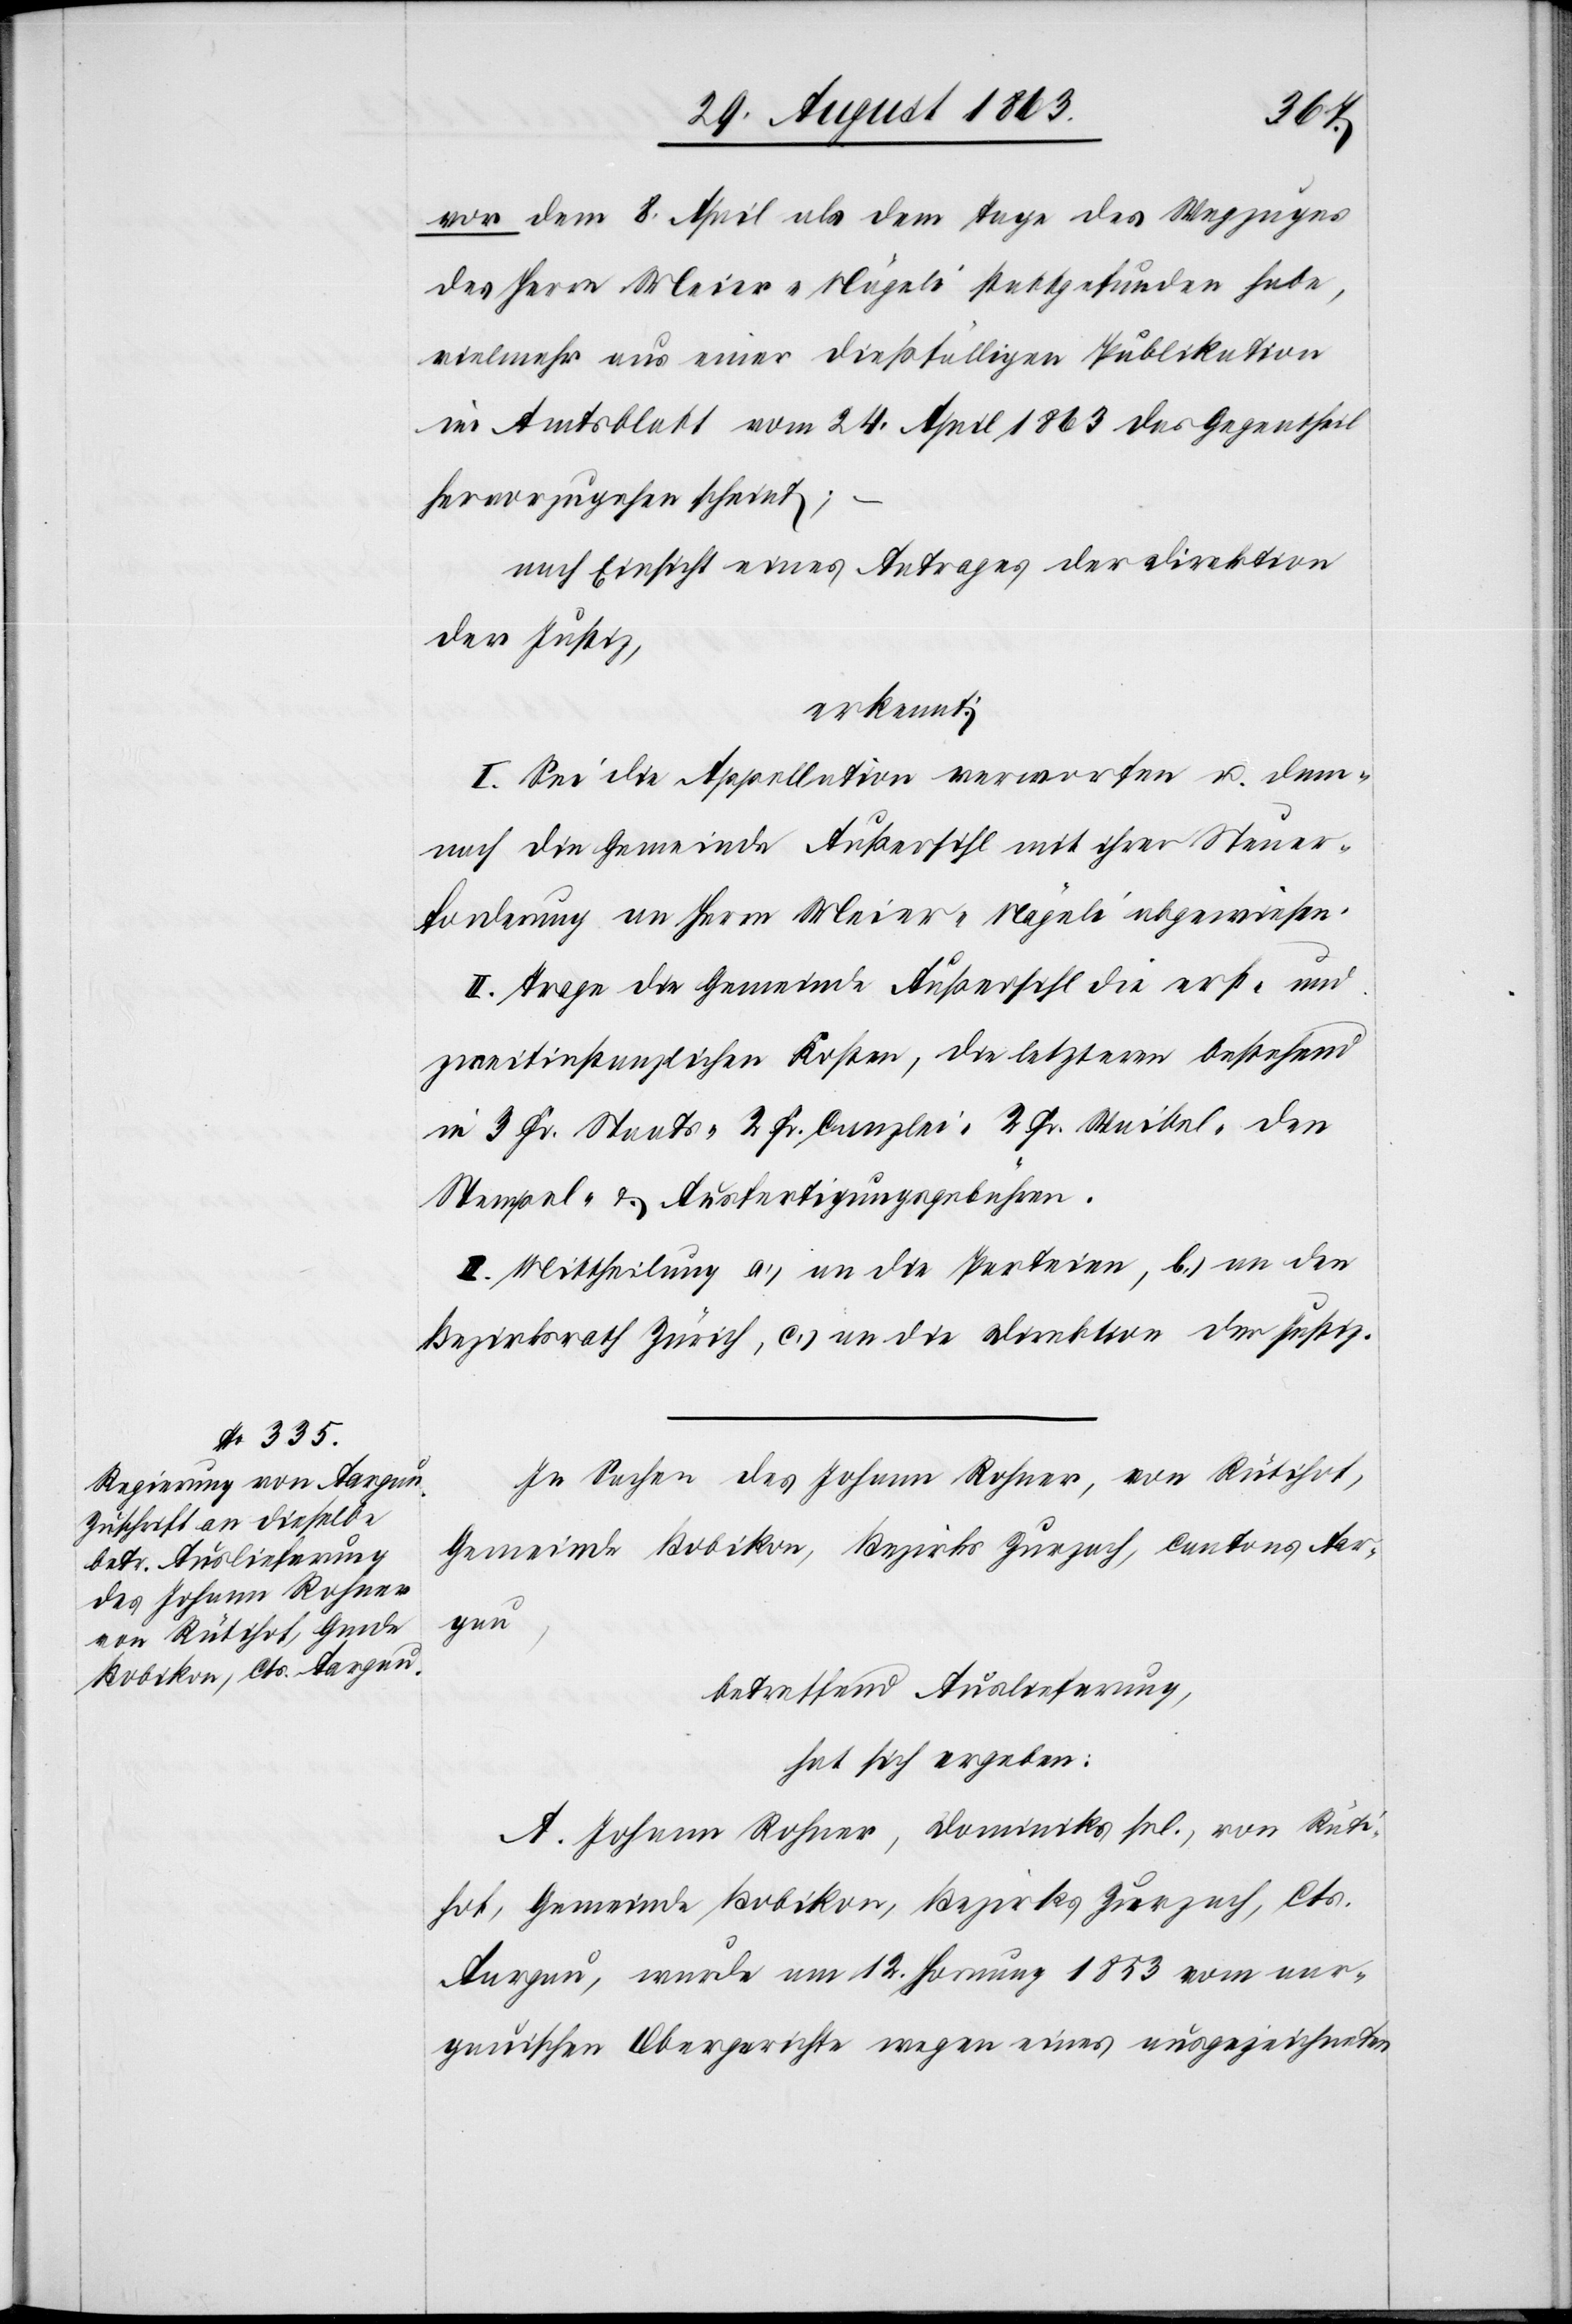
vor dem 8. April als dem Tage des Wegzuges
des Herrn Meier-Nägeli stattgefunden habe,
vielmehr aus einer dießfälligen Publikation
im Amtsblatt vom 24. April 1863 das Gegentheil
hervorzugehen scheint;
nach Einsicht eines Antrages der Direktion
der Justiz,
erkennt:
I. Sei die Appellation verworfen u. dem¬
nach die Gemeinde Außersihl mit ihrer Steuer¬
forderung an Herrn Meier-Nägeli abgewiesen.
II. Trage die Gemeinde Außersihl die erst- und
zweitinstanzlichen Kosten, die letzteren bestehend
in 3 Fr. Staats-[,] 2 Fr. Canzlei-[,] 2 Fr. Waibel-[,] den
Stempel- & Ausfertigungsgebühren.
III. Mittheilung a.) an die Parteien, b.) an den
Bezirksrath Zürich, c.) an die Direktion der Justiz.
In Sachen des Johann Rohner, von Rütihof,
Gemeinde Bobikon, Bezirks Zurzach, Cantons Aar¬
gau,
betreffend Auslieferung,
hat sich ergeben:
A. Johann Rohner, Dominiks sel., von Rüti¬
hof, Gemeinde Bobikon, Bezirks Zurzach, Cts.
Aargau, wurde am 12. Hornung 1853 vom aar¬
gauischen Obergerichte wegen eines ausgezeichneten